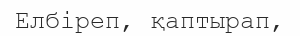
Елбіреп, қаптырап,